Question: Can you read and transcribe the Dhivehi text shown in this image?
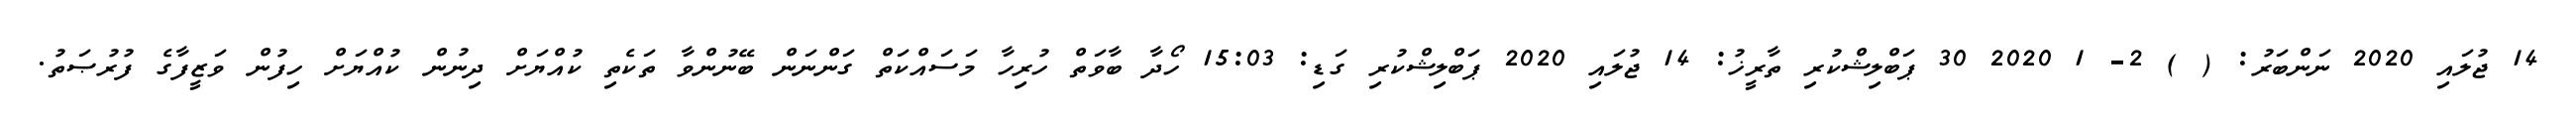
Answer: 14 ޖުލައި 2020 ނަންބަރު: ( ) 2- 1 2020 30 ޕަބްލިޝްކުރި ތާރީޚު: 14 ޖުލައި 2020 ޕަބްލިޝްކުރި ގަޑި: 15:03 ހޯދާ ބާވަތް ހުރިހާ މަސައްކަތް ގަންނަން ބޭނުންވާ ތަކެތި ކުއްޔަށް ދިނުން ކުއްޔަށް ހިފުން ވަޒީފާގެ ފުރުޞަތު.